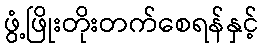
ဖွံ့ဖြိုးတိုးတက်စေရန်နှင့်